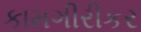
કામગીરીકર